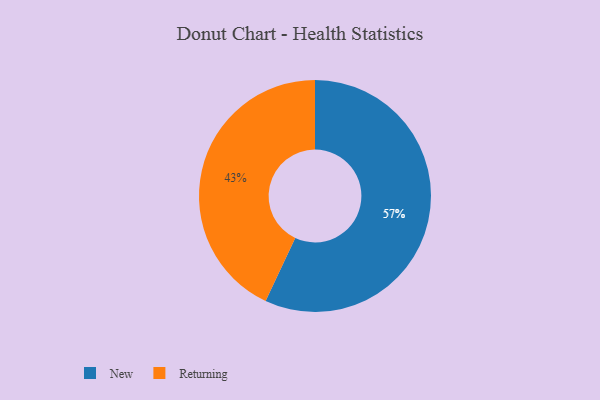
{"axis": {"x": "Category", "y": "Percentage"}, "legend": ["New", "Returning"], "data": [{"x": "Returning", "y": 43, "type": "Returning"}, {"x": "New", "y": 57, "type": "New"}]}